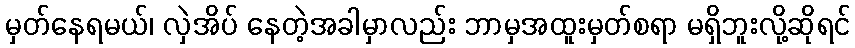
မှတ်နေရမယ်၊ လှဲအိပ် နေတဲ့အခါမှာလည်း ဘာမှအထူးမှတ်စရာ မရှိဘူးလို့ဆိုရင်